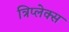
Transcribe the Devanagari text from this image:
त्रिप्लेक्स